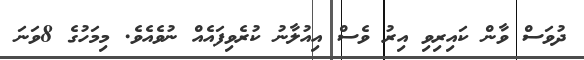
ދުވަސް ވާން ކައިރިވި އިރު ވެސް އިއުލާނު ކުރެވިފައެއް ނުވެއެވެ. މިމަހުގެ 8ވަނަ